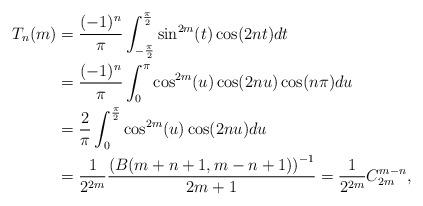
LaTeX: \begin{align*}T_n(m)&=\frac{(-1)^n}{\pi}\int_{-\frac{\pi}{2}}^{\frac{\pi}{2}}\sin^{2m}(t)\cos(2n t)dt\\&=\frac{(-1)^n}{\pi}\int_{0}^{\pi}\cos^{2m}(u)\cos(2n u)\cos(n\pi)du\\&=\frac{2}{\pi}\int_{0}^{\frac{\pi}{2}}\cos^{2m}(u)\cos(2n u)du\\&=\frac{1}{2^{2m}}\frac{\left(B(m+n+1,m-n+1)\right)^{-1}}{2m+1}=\frac{1}{2^{2m}}C_{2m}^{m-n},\end{align*}